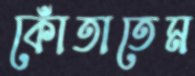
কোঁতাতেম